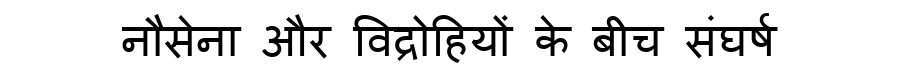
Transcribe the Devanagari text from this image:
नौसेना और विद्रोहियों के बीच संघर्ष